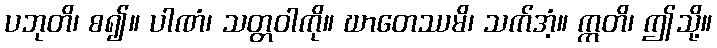
ပဘုတိ၊ စ၍။ ပါဏံ၊ သတ္တဝါကို။ ဃာတေဿမိ၊ သက်အံ့။ ဣတိ၊ ဤသို့။